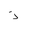
Letter: _thal